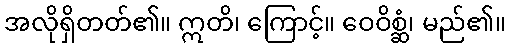
အလိုရှိတတ်၏။ ဣတိ၊ ကြောင့်။ ဝေဝိစ္ဆံ၊ မည်၏။